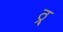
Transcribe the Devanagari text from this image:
ठ्र्